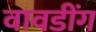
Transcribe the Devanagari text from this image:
वावडींग